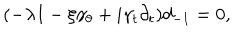
( - \lambda I - \xi \gamma _ { \theta } + i \gamma _ { t } \partial _ { t } ) d _ { - 1 } = 0 ,